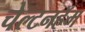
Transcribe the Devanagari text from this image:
चेल्टनहॅम